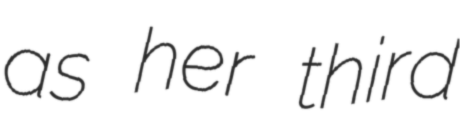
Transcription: as her third